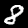
Digit: 8